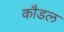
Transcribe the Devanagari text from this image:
कौडल